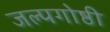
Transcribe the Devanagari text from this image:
जल्पगोष्ठी